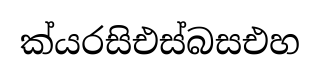
ක්යරසිඑස්බසඑහ